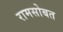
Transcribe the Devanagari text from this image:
रामसोबत